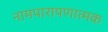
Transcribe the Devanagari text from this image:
नामपारायणात्मक